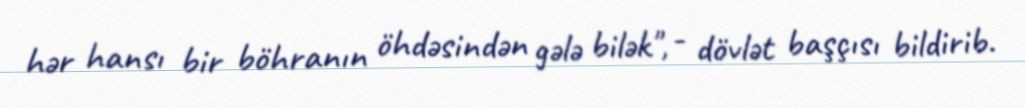
hər hansı bir böhranın öhdəsindən gələ bilək", - dövlət başçısı bildirib.